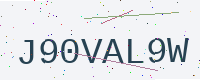
Text: J90VAL9W